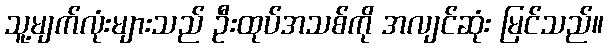
သူ့မျက်လုံးများသည် ဦးထုပ်အသစ်ကို အလျင်ဆုံး မြင်သည်။